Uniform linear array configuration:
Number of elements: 4
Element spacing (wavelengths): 0.5
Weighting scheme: hann
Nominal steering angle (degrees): -15
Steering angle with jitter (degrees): -14.792
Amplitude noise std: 0.05
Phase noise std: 0.05

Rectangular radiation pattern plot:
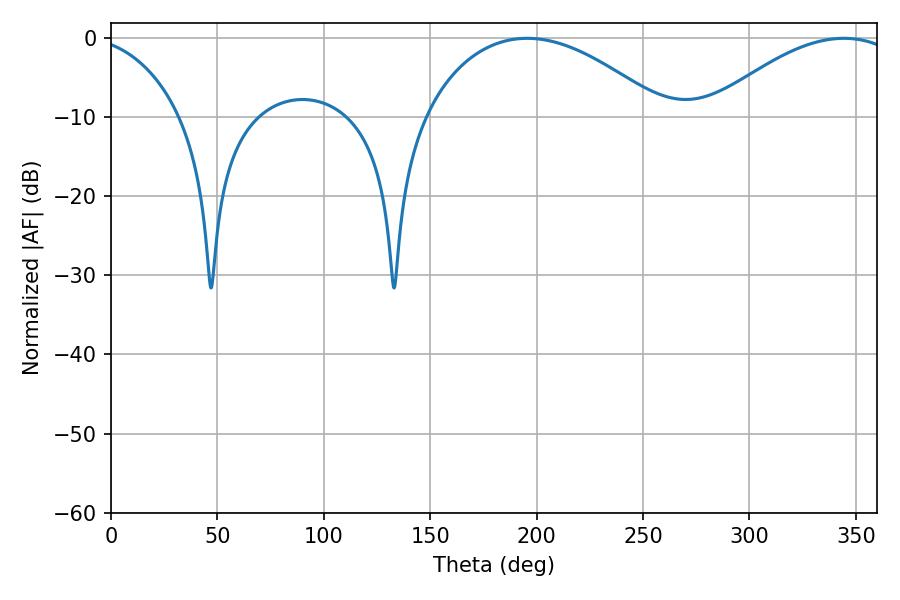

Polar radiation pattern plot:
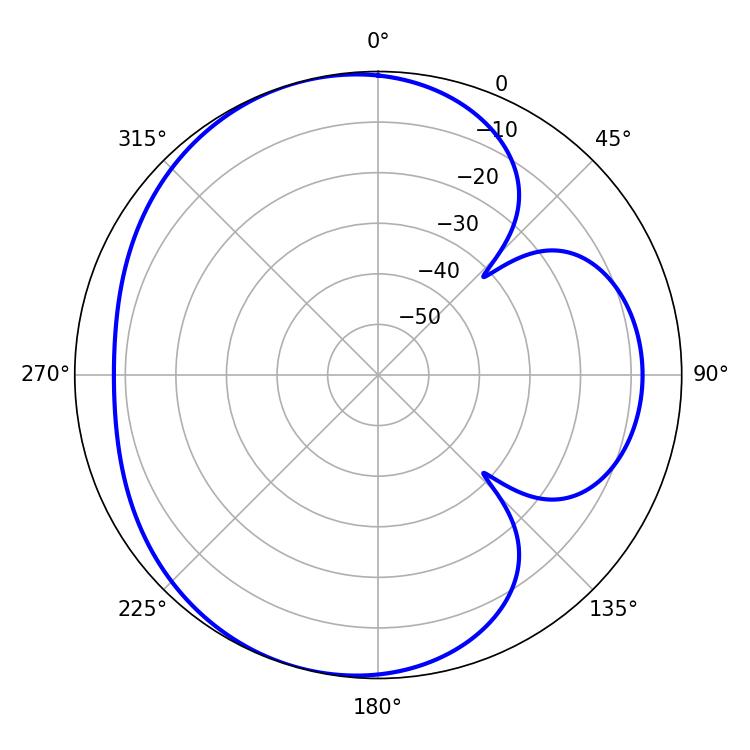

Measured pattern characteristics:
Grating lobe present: FALSE
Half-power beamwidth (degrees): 63.54
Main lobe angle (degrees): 195.66